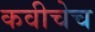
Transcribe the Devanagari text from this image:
कवीचेच